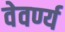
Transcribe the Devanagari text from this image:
वेवर्ण्य